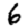
Digit: 6